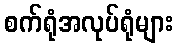
စက်ရုံအလုပ်ရုံများ